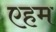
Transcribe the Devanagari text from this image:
एहम